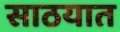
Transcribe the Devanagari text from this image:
साठयात